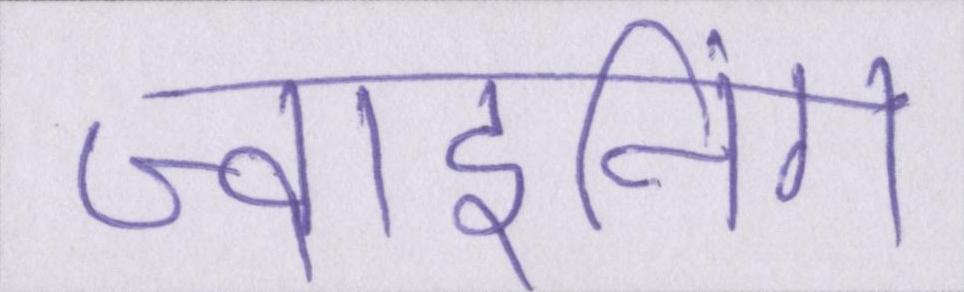
ज्वाइनिंग